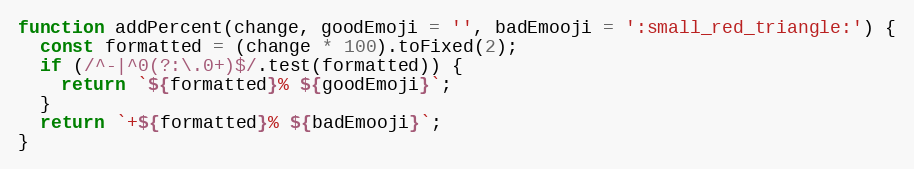
Language: JavaScript
function addPercent(change, goodEmoji = '', badEmooji = ':small_red_triangle:') {
  const formatted = (change * 100).toFixed(2);
  if (/^-|^0(?:\.0+)$/.test(formatted)) {
    return `${formatted}% ${goodEmoji}`;
  }
  return `+${formatted}% ${badEmooji}`;
}